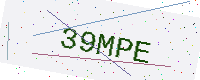
Text: 39MPE